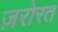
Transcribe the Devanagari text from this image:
ज़रोरत